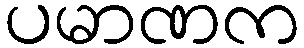
ပမာဏက